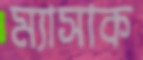
ম্যাসাক